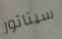
سيناتور